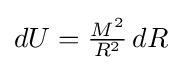
{\textstyle dU={\frac {M^{2}}{R^{2}}}\,dR}